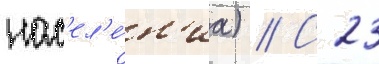
нас'ел'е́н'иа) // С 23